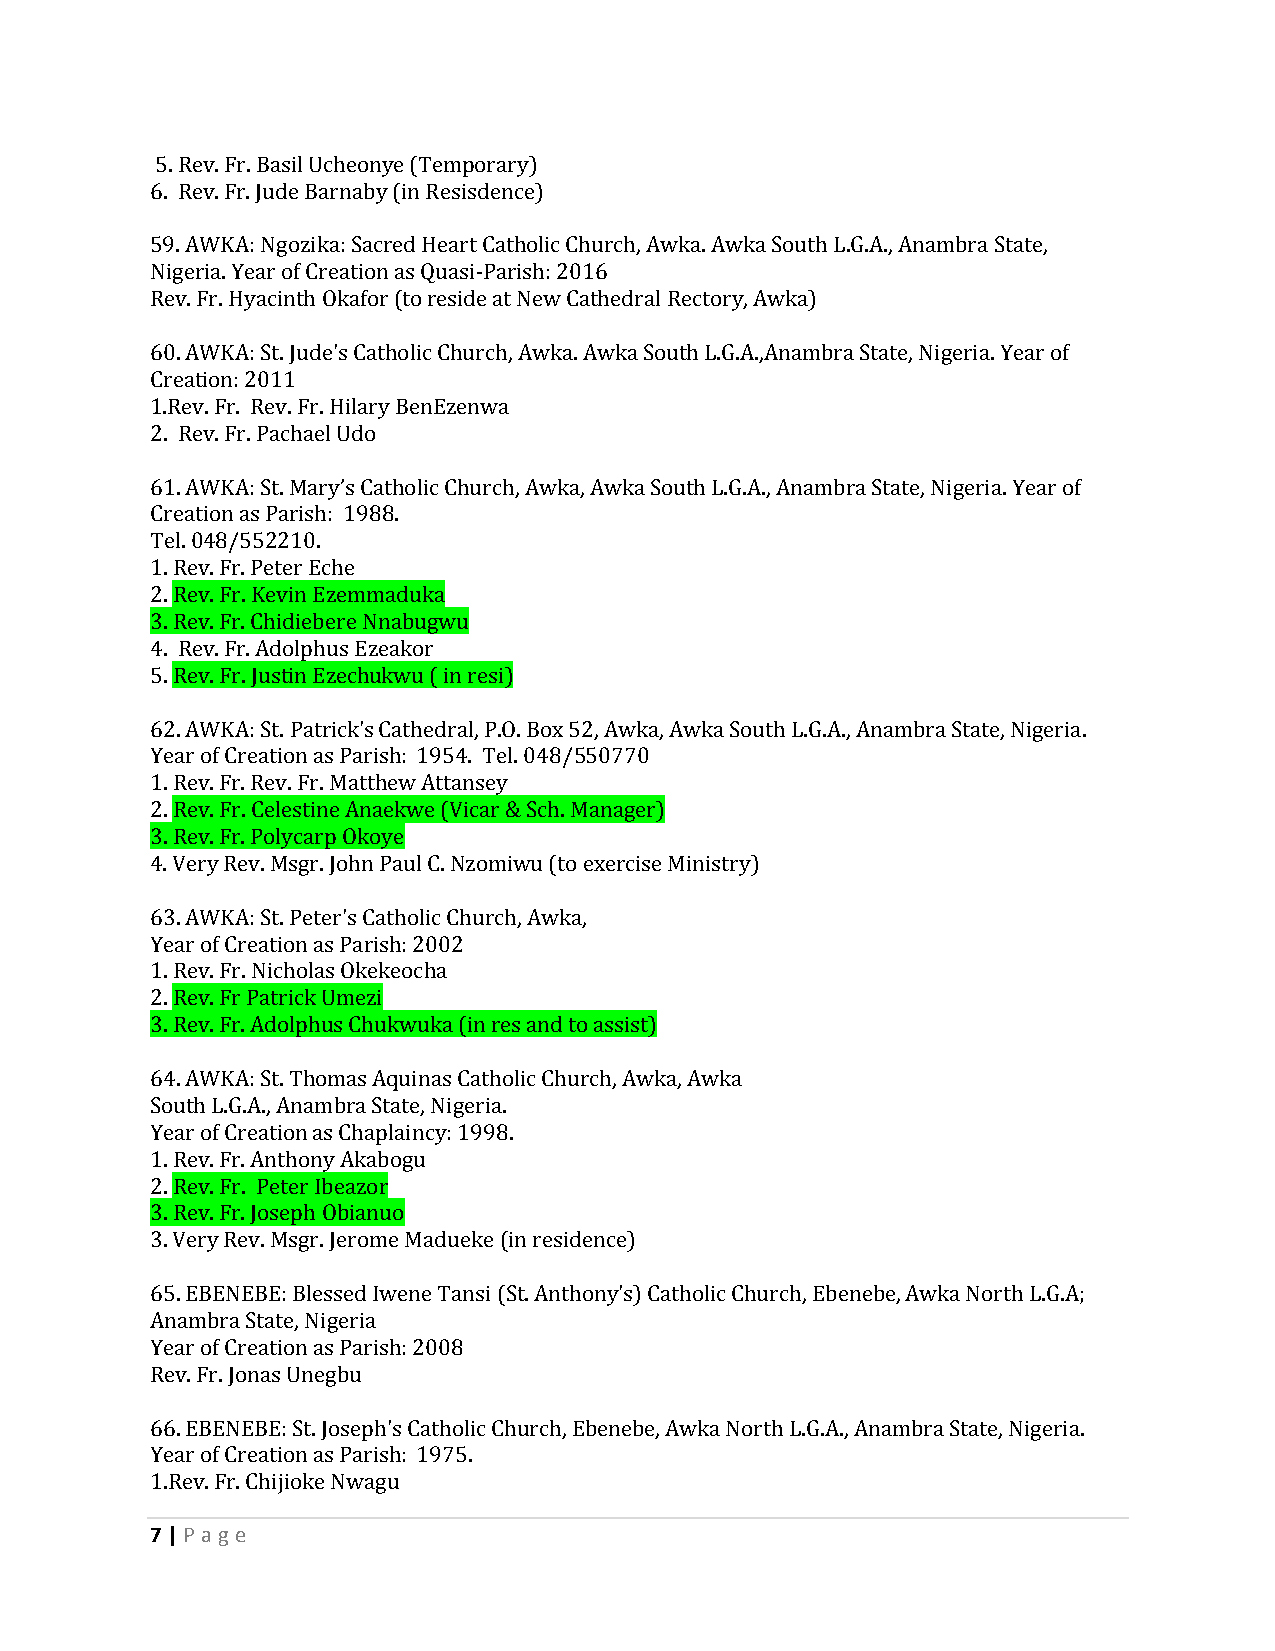
5. Rev. Fr. Basil Ucheonye (Temporary)
 6. Rev. Fr. Jude Barnaby (in Resisdence)
 59. AWKA: Ngozika: Sacred Heart Catholic Church, Awka. Awka South L.G.A., Anambra State,
 Nigeria. Year of Creation as Quasi-Parish: 2016
 Rev. Fr. Hyacinth Okafor (to reside at New Cathedral Rectory, Awka)
 60. AWKA: St. Jude's Catholic Church, Awka. Awka South L.G.A.,Anambra State, Nigeria. Year of
 Creation: 2011
 1.Rev. Fr. Rev. Fr. Hilary BenEzenwa
 2. Rev. Fr. Pachael Udo
 61. AWKA: St. Mary’s Catholic Church, Awka, Awka South L.G.A., Anambra State, Nigeria. Year of
 Creation as Parish: 1988.
 Tel. 048/552210.
 1. Rev. Fr. Peter Eche
 2. Rev. Fr. Kevin Ezemmaduka
 3. Rev. Fr. Chidiebere Nnabugwu
 4. Rev. Fr. Adolphus Ezeakor
 5. Rev. Fr. Justin Ezechukwu ( in resi)
 62. AWKA: St. Patrick's Cathedral, P.O. Box 52, Awka, Awka South L.G.A., Anambra State, Nigeria.
 Year of Creation as Parish: 1954. Tel. 048/550770
 1. Rev. Fr. Rev. Fr. Matthew Attansey
 2. Rev. Fr. Celestine Anaekwe (Vicar & Sch. Manager)
 3. Rev. Fr. Polycarp Okoye
 4. Very Rev. Msgr. John Paul C. Nzomiwu (to exercise Ministry)
 63. AWKA: St. Peter's Catholic Church, Awka,
 Year of Creation as Parish: 2002
 1. Rev. Fr. Nicholas Okekeocha
 2. Rev. Fr Patrick Umezi
 3. Rev. Fr. Adolphus Chukwuka (in res and to assist)
 64. AWKA: St. Thomas Aquinas Catholic Church, Awka, Awka
 South L.G.A., Anambra State, Nigeria.
 Year of Creation as Chaplaincy: 1998.
 1. Rev. Fr. Anthony Akabogu
 2. Rev. Fr. Peter Ibeazor
 3. Rev. Fr. Joseph Obianuo
 3. Very Rev. Msgr. Jerome Madueke (in residence)
 65. EBENEBE: Blessed Iwene Tansi (St. Anthony's) Catholic Church, Ebenebe, Awka North L.G.A;
 Anambra State, Nigeria
 Year of Creation as Parish: 2008
 Rev. Fr. Jonas Unegbu
 66. EBENEBE: St. Joseph's Catholic Church, Ebenebe, Awka North L.G.A., Anambra State, Nigeria.
 Year of Creation as Parish: 1975.
 1.Rev. Fr. Chijioke Nwagu
 7 | P age